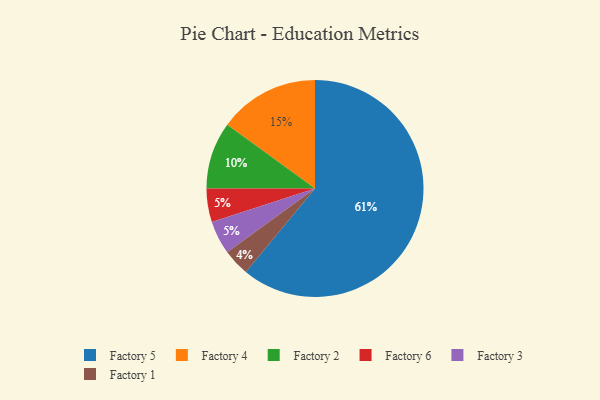
{"axis": {"x": "Category", "y": "Percentage"}, "legend": ["Factory 1", "Factory 2", "Factory 3", "Factory 4", "Factory 5", "Factory 6"], "data": [{"x": "Factory 4", "y": 15, "type": "Factory 4"}, {"x": "Factory 1", "y": 4, "type": "Factory 1"}, {"x": "Factory 2", "y": 10, "type": "Factory 2"}, {"x": "Factory 6", "y": 5, "type": "Factory 6"}, {"x": "Factory 3", "y": 5, "type": "Factory 3"}, {"x": "Factory 5", "y": 61, "type": "Factory 5"}]}